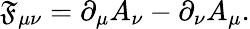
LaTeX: \mathfrak{F}_{\mu\nu}=\partial_{\mu}A_{\nu}-\partial_{\nu}A_{\mu}.